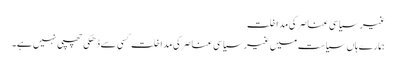
غیر سیاسی عناصر کی مداخلت
ہمارےہاں سیاست میں غیر سیاسی عناصر کی مداخلت کسی سے ڈھکی چھپی نہیں ہے۔